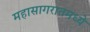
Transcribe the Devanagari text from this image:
महासागरातमध्ये